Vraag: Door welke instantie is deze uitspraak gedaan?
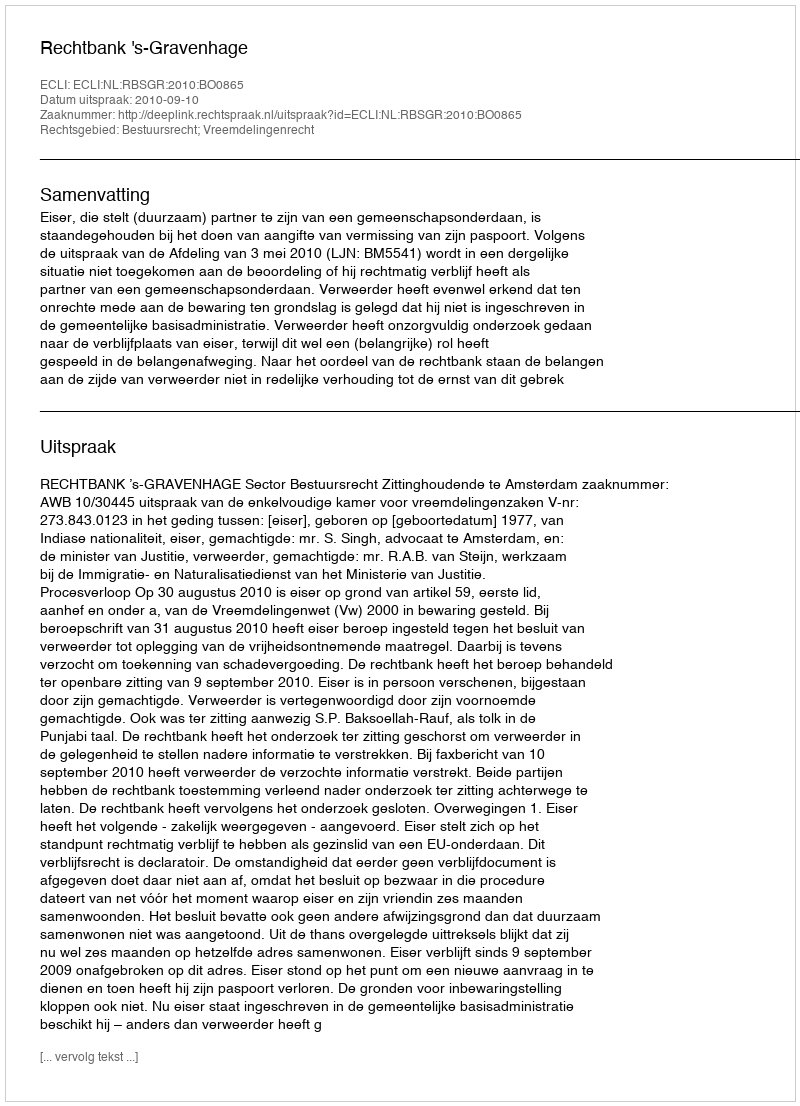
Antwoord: Rechtbank 's-Gravenhage